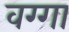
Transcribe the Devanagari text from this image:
वग्गा